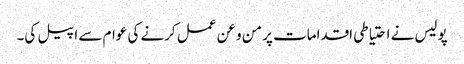
پولیس نے احتیاطی اقدامات پر من و عن عمل کرنے کی عوام سے اپیل کی۔